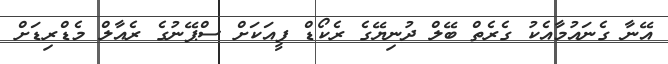
އޭނާ ގެނައުމާއެކު ގެރެތް ބޭލް ދުނިޔޭގެ ރެކޯޑް ފީއަކަށް ސްޕޭނުގެ ރެއާލް މެޑްރިޑަށް